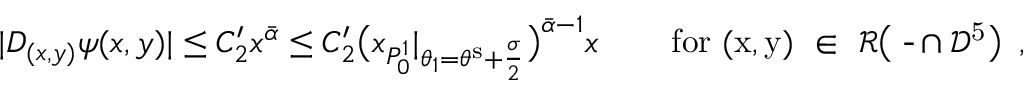
| D _ { ( x , y ) } \psi ( x , y ) | \leq C _ { 2 } ^ { \prime } x ^ { \bar { \alpha } } \leq C _ { 2 } ^ { \prime } \big ( x _ { P _ { 0 } ^ { 1 } } | _ { \theta _ { 1 } = \theta ^ { \mathrm { s } } + \frac { \sigma } { 2 } } \big ) ^ { \bar { \alpha } - 1 } x \qquad \, \mathrm { f o r ~ ( x , y ) ~ \in ~ \mathcal { R } \big ( ~ \overline { { \Omega } } \cap \mathcal { D } ^ 5 _ \epsilon \big ) ~ } \, ,